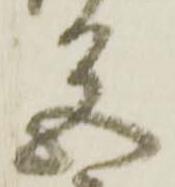
色